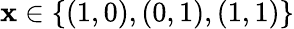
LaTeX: \mathbf{x}\in\{ (1,0),(0,1),(1,1)\}